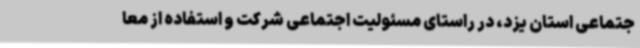
جتماعی استان یزد، در راستای مسئولیت اجتماعی شرکت و استفاده از معا